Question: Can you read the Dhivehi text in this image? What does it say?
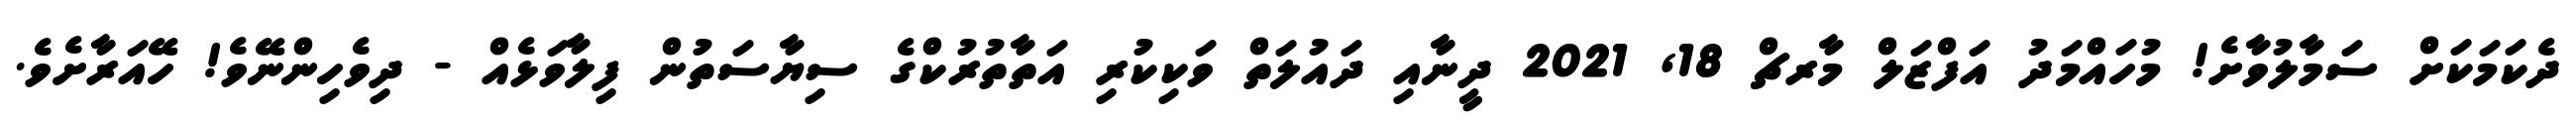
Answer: ދެކަމަކަށް ސަމާލުވާށެ! މުހައްމަދު އަފްޒަލް މާރޗް 18, 2021 ދީނާއި ދައުލަތް ވަކިކުރި އަތާތުރުކްގެ ސިޔާސަތުން ފިލާވަޅެއް - ދިވެހިންނޭވެ! ހޭއަރާށެވެ.